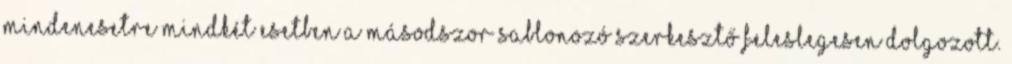
mindenesetre mindkét esetben a másodszor sablonozó szerkesztő feleslegesen dolgozott.